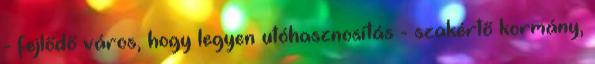
- fejlődő város, hogy legyen utóhasznosítás - szakértő kormány,